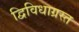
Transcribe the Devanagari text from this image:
द्विविधाग्रस्त